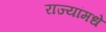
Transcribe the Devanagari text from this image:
राज्यांमधे